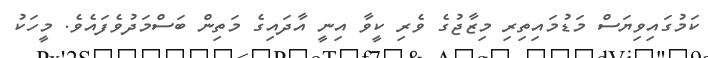
ކަމުގައިވިޔަސް މަޑުމައިތިރި މިޒާޖުގެ ވެރި ކީވާ އިނީ އާދައިގެ މަތިން ބަސްމަދުވެފައެވެ. މީހަކު